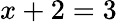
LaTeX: x+2=3